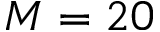
M = 2 0